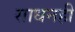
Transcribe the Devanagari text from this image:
साधनही